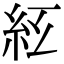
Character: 𥾬